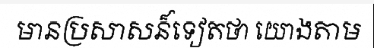
មានប្រសាសន៏ទៀតថា យោងតាម